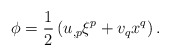
\begin{align*}\phi=\frac{1}{2}\left(u_{,p}\xi^p+v_qx^q\right).\end{align*}